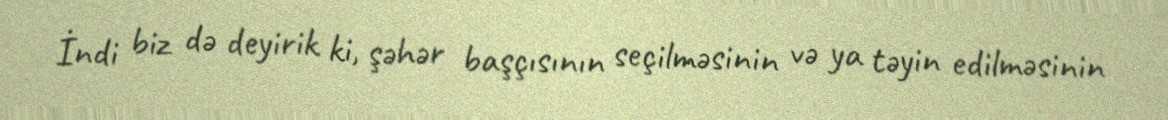
İndi biz də deyirik ki, şəhər başçısının seçilməsinin və ya təyin edilməsinin